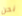
نحن